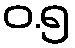
ဝ.၅